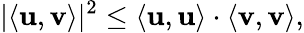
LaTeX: |\langle\mathbf{u},\mathbf{v}\rangle|^{2}\leq\langle\mathbf{u},\mathbf{u}\rangle\cdot\langle\mathbf{v},\mathbf{v}\rangle,